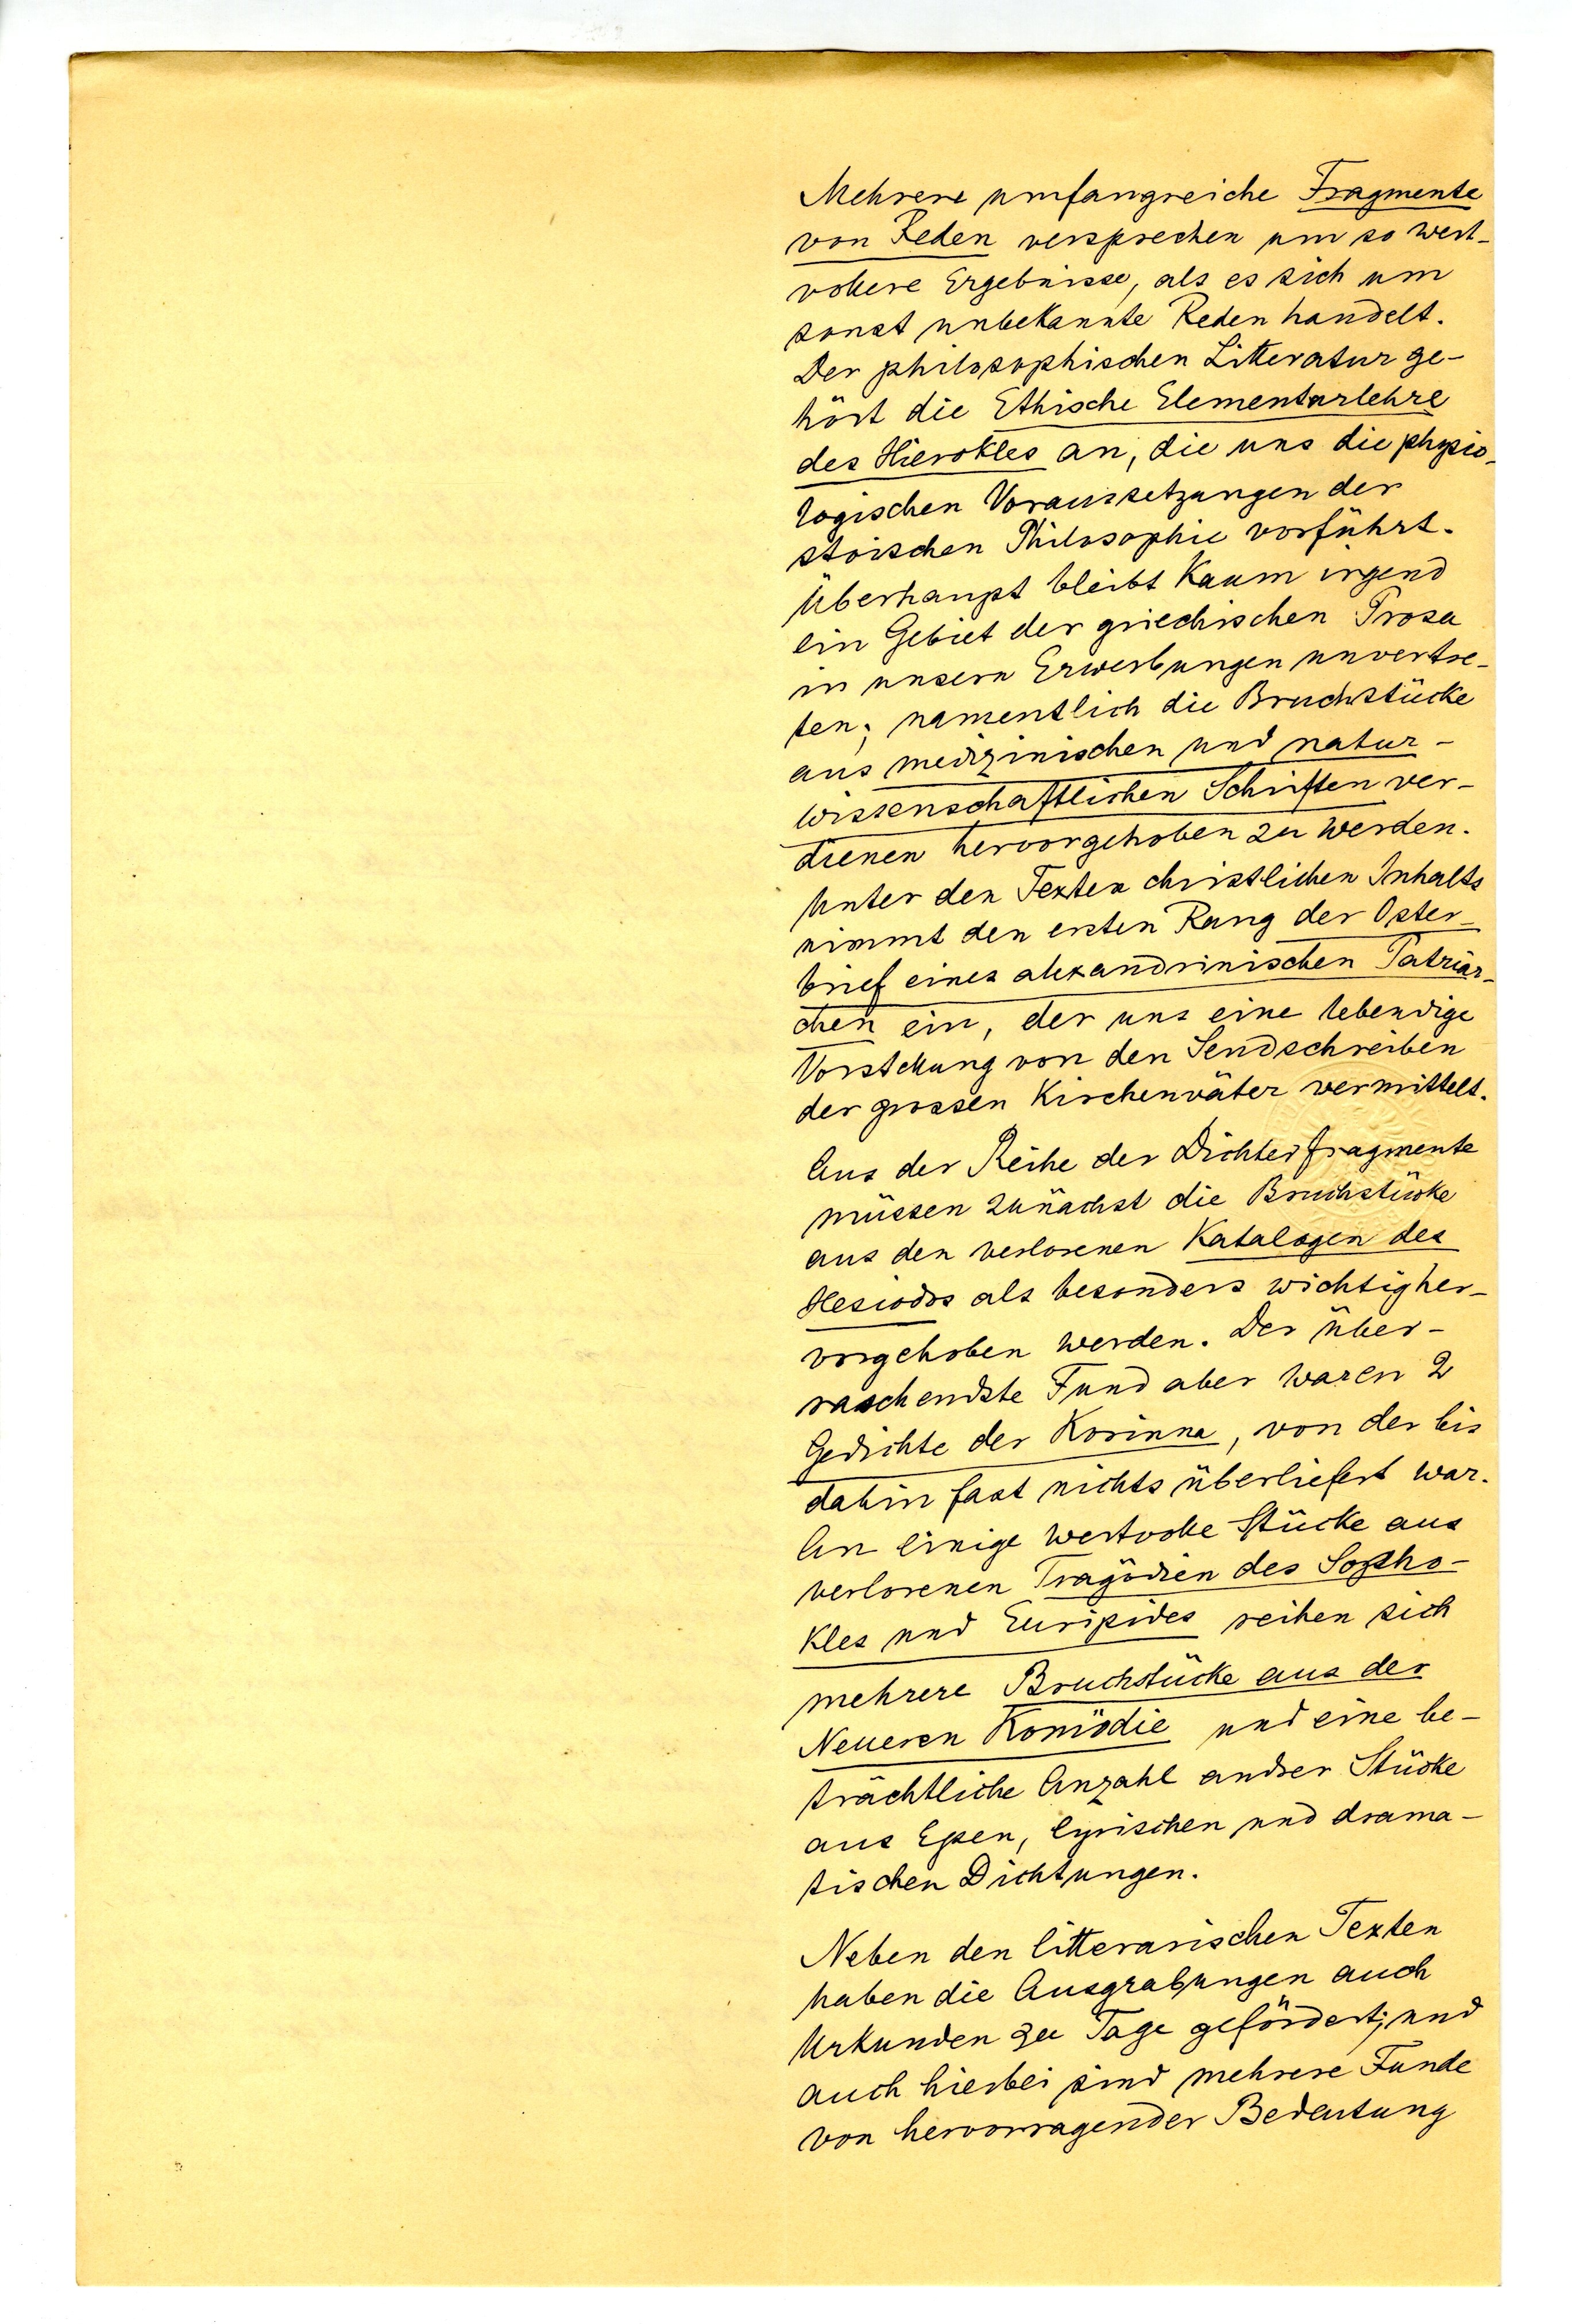
Mehrere umfangreiche Fragmente
von Reden versprechen um so wert¬
vollere Ergebnisse, als es sich um
sonst unbekannte Reden handelt.
Der philosophische Litteratur ge¬
hört die Ethische Elementarlehre
des Hierokles an, die uns die physio¬
logischen Voaussetzungen der
stoischen Philosophie vorführt.
Überhaupt bleibt kaum irgend
ein Gebiet der griechischen Prosa
in unseren Erwerbungen unvertre¬
ten; namentlich die Bruchstücke
aus medizinischen und natur¬
wissenschaftlichen Schriften ver¬
dienen hervorgehoben zu werden.
Unter den Texten christlichen Inhalts
nimmt den ersten Rang der Opfer
brief eines alexandrinischen Patriar¬
chen ein, der uns eine lebendige
Vorstellung von den Sendschreiben
der grossen Kirchenväter vermittelt.
Aus der Reihe der Dichterfragmente
müssen zunächst die Bruchstücke
aus den verlorenen Katalogen des
Hesiodos als besonders wichtig her¬
vorgehoben werden . Der über¬
raschenste Fund aber waren 2
Geschichte der Korinna, von der bis
dahin fast nichts überliefert war.
An einige wertvolle Stücke aus
verlorenen Tragödien des Sopho¬
kles und Euripides reihen sich
mehrere Bruchstücke aus der
Neuen Komödie und eine be¬
trächtliche Anzahl andrer Stücke
aus Epen, lyrischen und drama¬
tischen Dichtungen.
Neben den litterarischen Texten
haben die Ausgrabungen auch
Urkunden zu Tage gefördert; und
auch hierbei sind mehrere Funde
von hervorragender Bedeutung